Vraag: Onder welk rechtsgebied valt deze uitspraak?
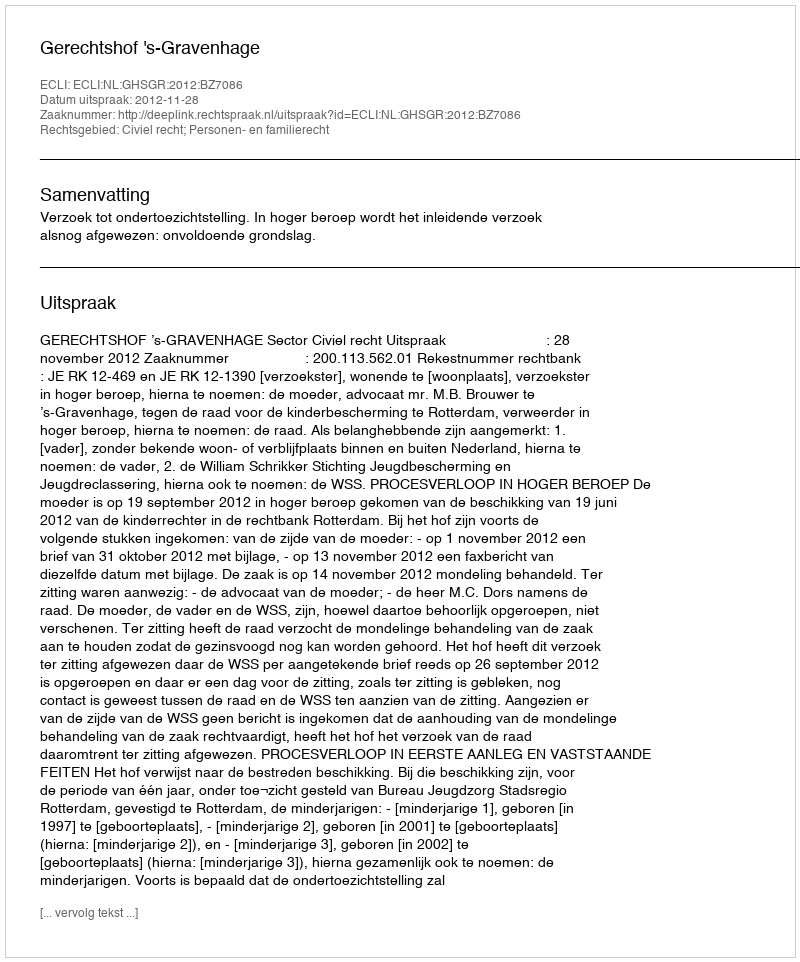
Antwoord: Civiel recht; Personen- en familierecht